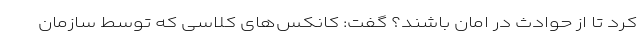
کرد تا از حوادث در امان باشند؟ گفت: کانکس‌های کلاسی که توسط سازمان